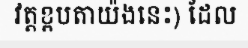
វត្តខ្ពបតាយ៉ងនេះ) ដែល